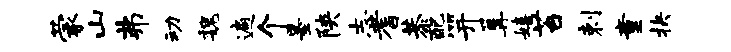
蒙山弗动魏遍个墨陕志耆恭配笄篝嬉苔剌童抉